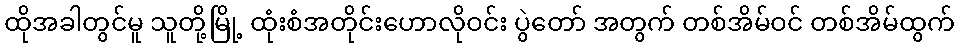
ထိုအခါတွင်မူ သူတို့မြို့ ထုံးစံအတိုင်းဟောလိုဝင်း ပွဲတော် အတွက် တစ်အိမ်ဝင် တစ်အိမ်ထွက်